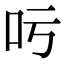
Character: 𠮱